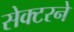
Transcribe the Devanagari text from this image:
सेक्टरने